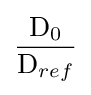
{\frac {\mathrm {D_{0}} }{\mathrm {D} _{ref}}}